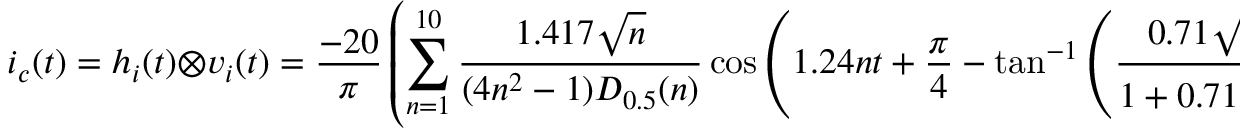
i _ { c } ( t ) = h _ { i } ( t ) \otimes v _ { i } ( t ) = \frac { - 2 0 } { \pi } \left( \sum _ { n = 1 } ^ { 1 0 } \frac { 1 . 4 1 7 \sqrt { n } } { ( 4 n ^ { 2 } - 1 ) D _ { 0 . 5 } ( n ) } \cos \left( 1 . 2 4 n t + \frac { \pi } { 4 } - \tan ^ { - 1 } \left( \frac { 0 . 7 1 \sqrt { n } } { 1 + 0 . 7 1 \sqrt { n } } \right) \right) \right)